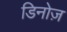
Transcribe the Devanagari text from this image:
डिनोज़